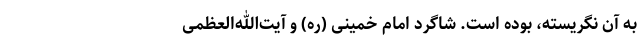
به آن نگریسته، بوده است. شاگرد امام خمینی (ره) و آیت‌الله‌العظمی